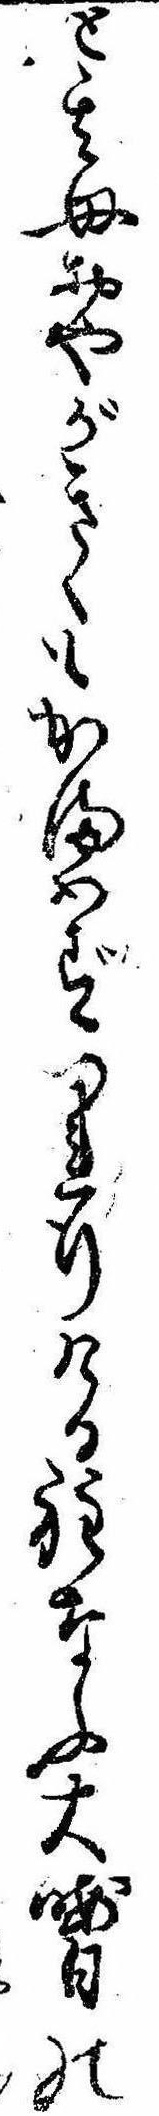
と其母おやがきくもかまはずつれ行ける程なふ大晦日の